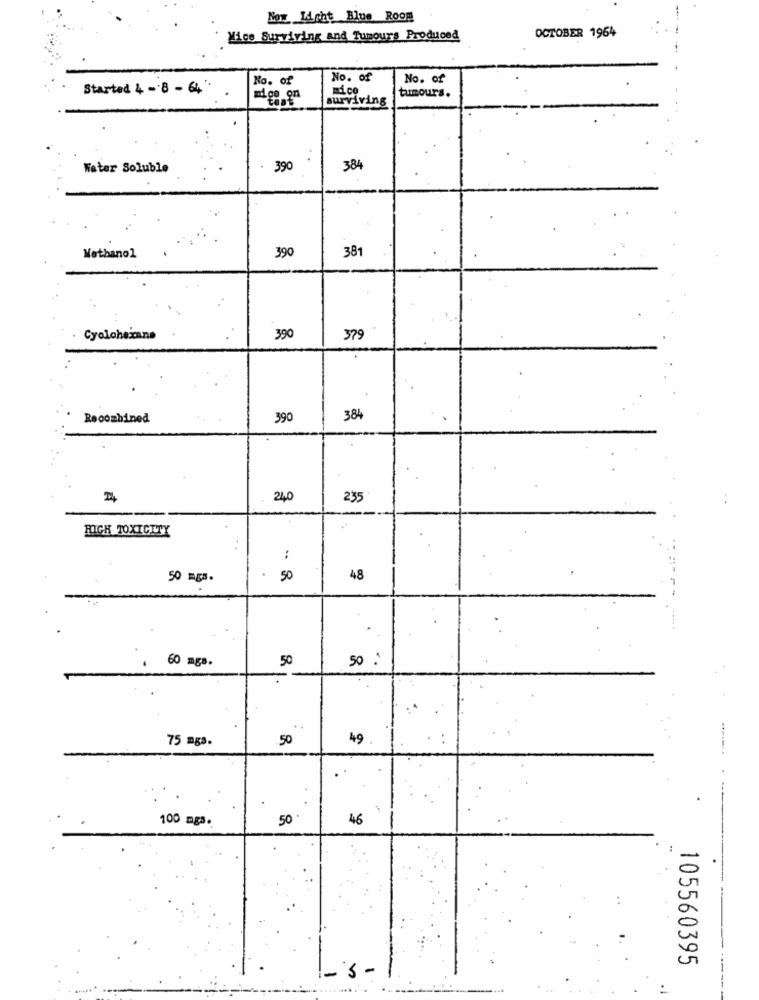
Now Light Blue Room
OCTOBER 1964
Mice Surviving and Tumours Produced
No. of
No. of
No. of
Started 4 - 8 - 64, ''
tumours.
mice_on
surviving
Water Soluble
390
384
390
381
Methanol
Cyolohexane
390
379
Recombined
390
384
2
240
235
HIGH TOXICITY
:
50 mgs .
50
48
60 mgs.
50
50 :
75 mgs.
50
49
100 mga.
50 *
46
105560395
-